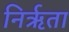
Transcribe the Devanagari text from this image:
निर्ऋता